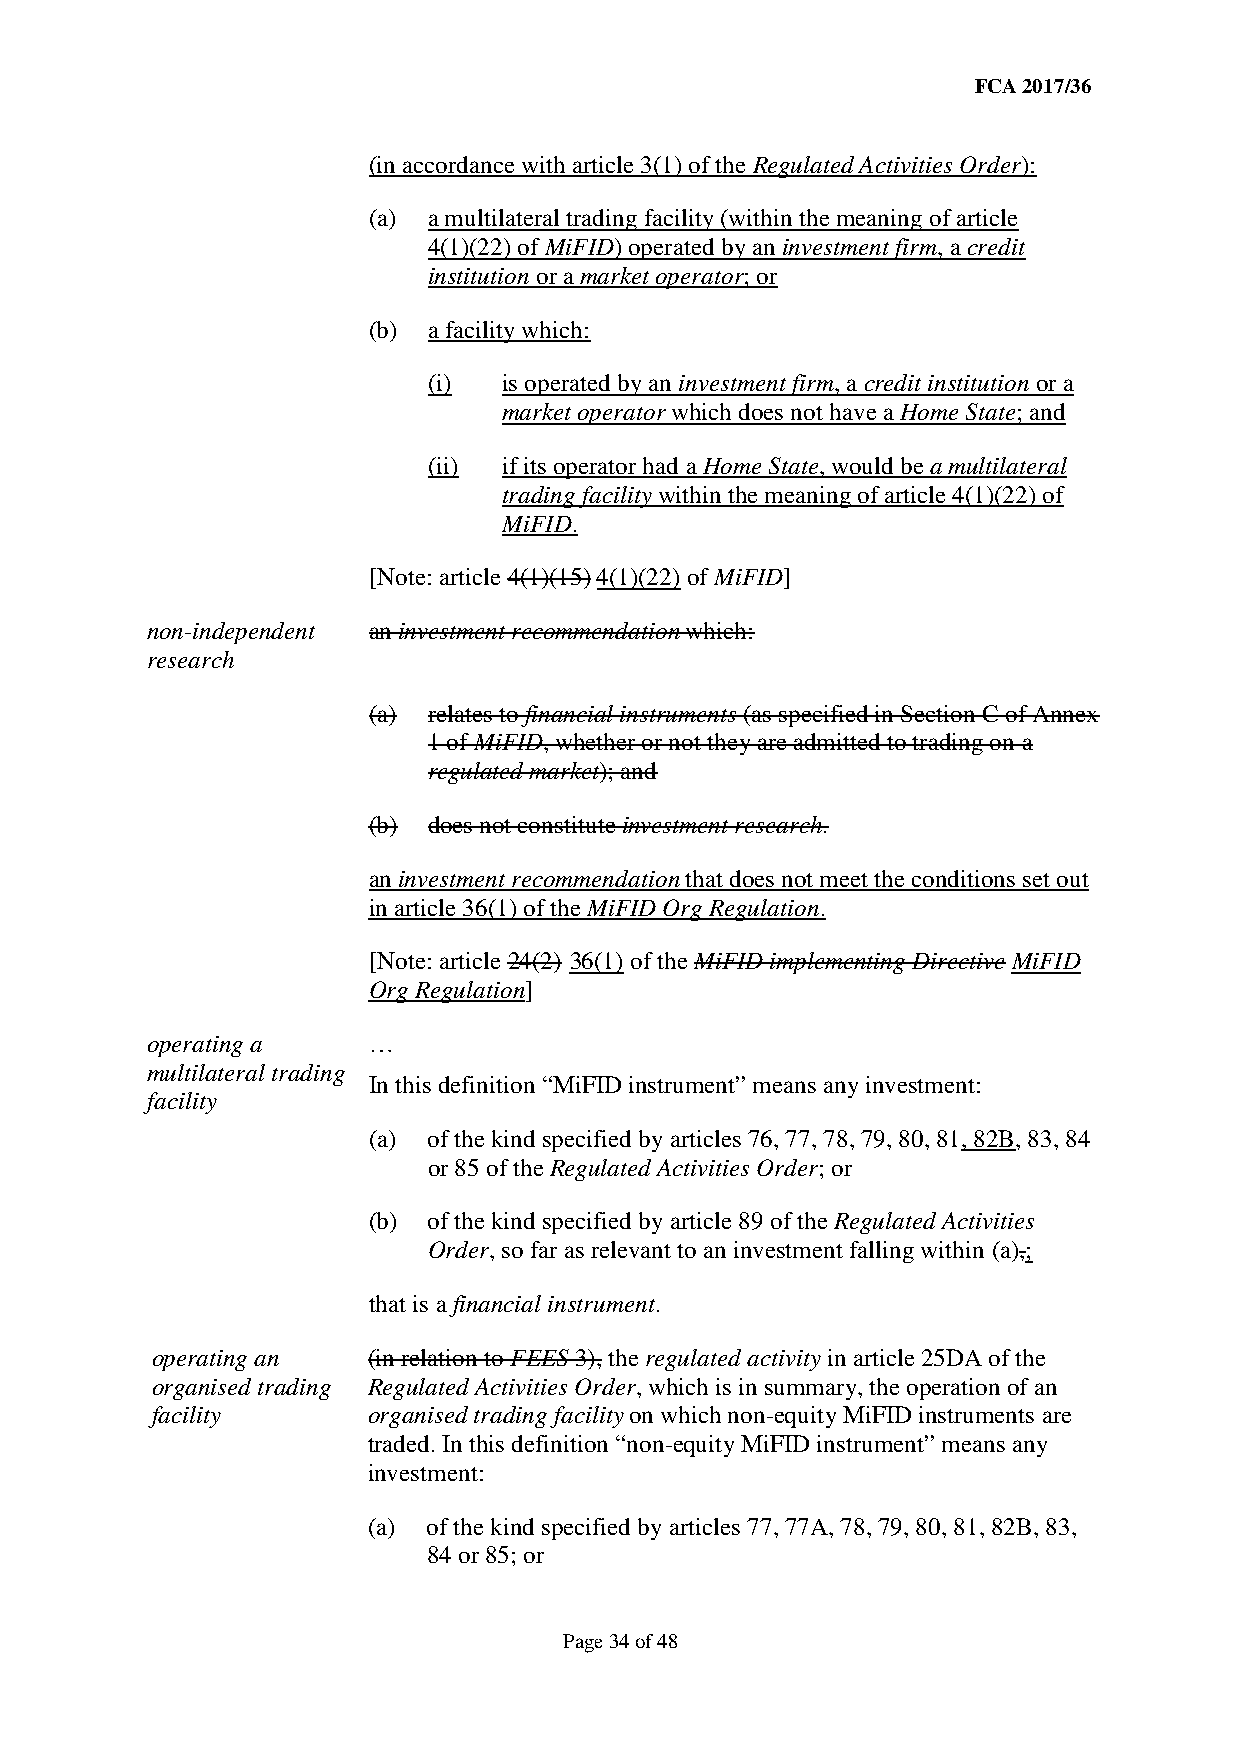
FCA 2017/36
 (in accordance with article 3(1) of the Regulated Activities Order):
 (a) a multilateral trading facility (within the meaning of article
 4(1)(22) of MiFID) operated by an investment firm, a credit
 institution or a market operator; or
 (b) a facility which:
 (i)  is operated by an investment firm, a credit institution or a
 market operator which does not have a Home State; and
 (ii) if its operator had a Home State, would be a multilateral
 trading facility within the meaning of article 4(1)(22) of
 MiFID.
 [Note: article 4(1)(15) 4(1)(22) of MiFID]
 non-independent an investment recommendation which:
 research
 (a) relates to financial instruments (as specified in Section C of Annex
 1 of MiFID, whether or not they are admitted to trading on a
 regulated market); and
 (b) does not constitute investment research.
 an investment recommendation that does not meet the conditions set out
 in article 36(1) of the MiFID Org Regulation.
 [Note: article 24(2) 36(1) of the MiFID implementing Directive MiFID
 Org Regulation]
 operating a   …
 multilateral trading
 In this definition “MiFID instrument” means any investment:
 facility
 (a) of the kind specified by articles 76, 77, 78, 79, 80, 81, 82B, 83, 84
 or 85 of the Regulated Activities Order; or
 (b) of the kind specified by article 89 of the Regulated Activities
 Order, so far as relevant to an investment falling within (a),;
 that is a financial instrument.
 operating an  (in relation to FEES 3), the regulated activity in article 25DA of the
 organised trading Regulated Activities Order, which is in summary, the operation of an
 facility      organised trading facility on which non-equity MiFID instruments are
 traded. In this definition “non-equity MiFID instrument” means any
 investment:
 (a) of the kind specified by articles 77, 77A, 78, 79, 80, 81, 82B, 83,
 84 or 85; or
 Page 34 of 48